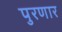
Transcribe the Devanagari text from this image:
पुरणार